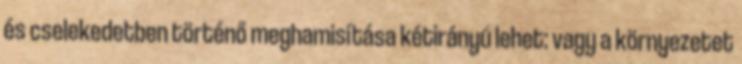
és cselekedetben történő meghamisítása kétirányú lehet: vagy a környezetet